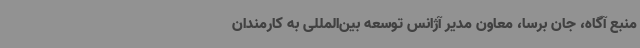
منبع آگاه، جان برسا، معاون مدیر آژانس توسعه بین‌المللی به کارمندان